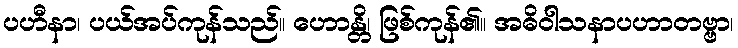
ပဟီနာ၊ ပယ်အပ်ကုန်သည်။ ဟောန္တိ၊ ဖြစ်ကုန်၏။ အဓိဝါသနာပဟာတဗ္ဗာ၊